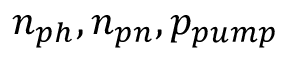
n _ { p h } , n _ { p n } , p _ { p u m p }